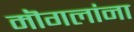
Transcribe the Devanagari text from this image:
मॊगलांना